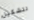
لتشكيل